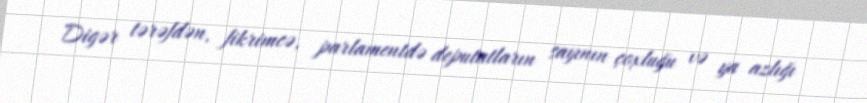
Digər tərəfdən, fikrimcə, parlamentdə deputatların sayının çoxluğu və ya azlığı